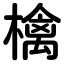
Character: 檎